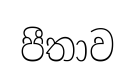
පීතාව